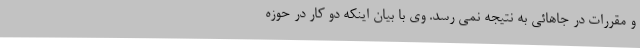
و مقررات در جاهائی به نتیجه نمی رسد. وی با بیان اینکه دو کار در حوزه